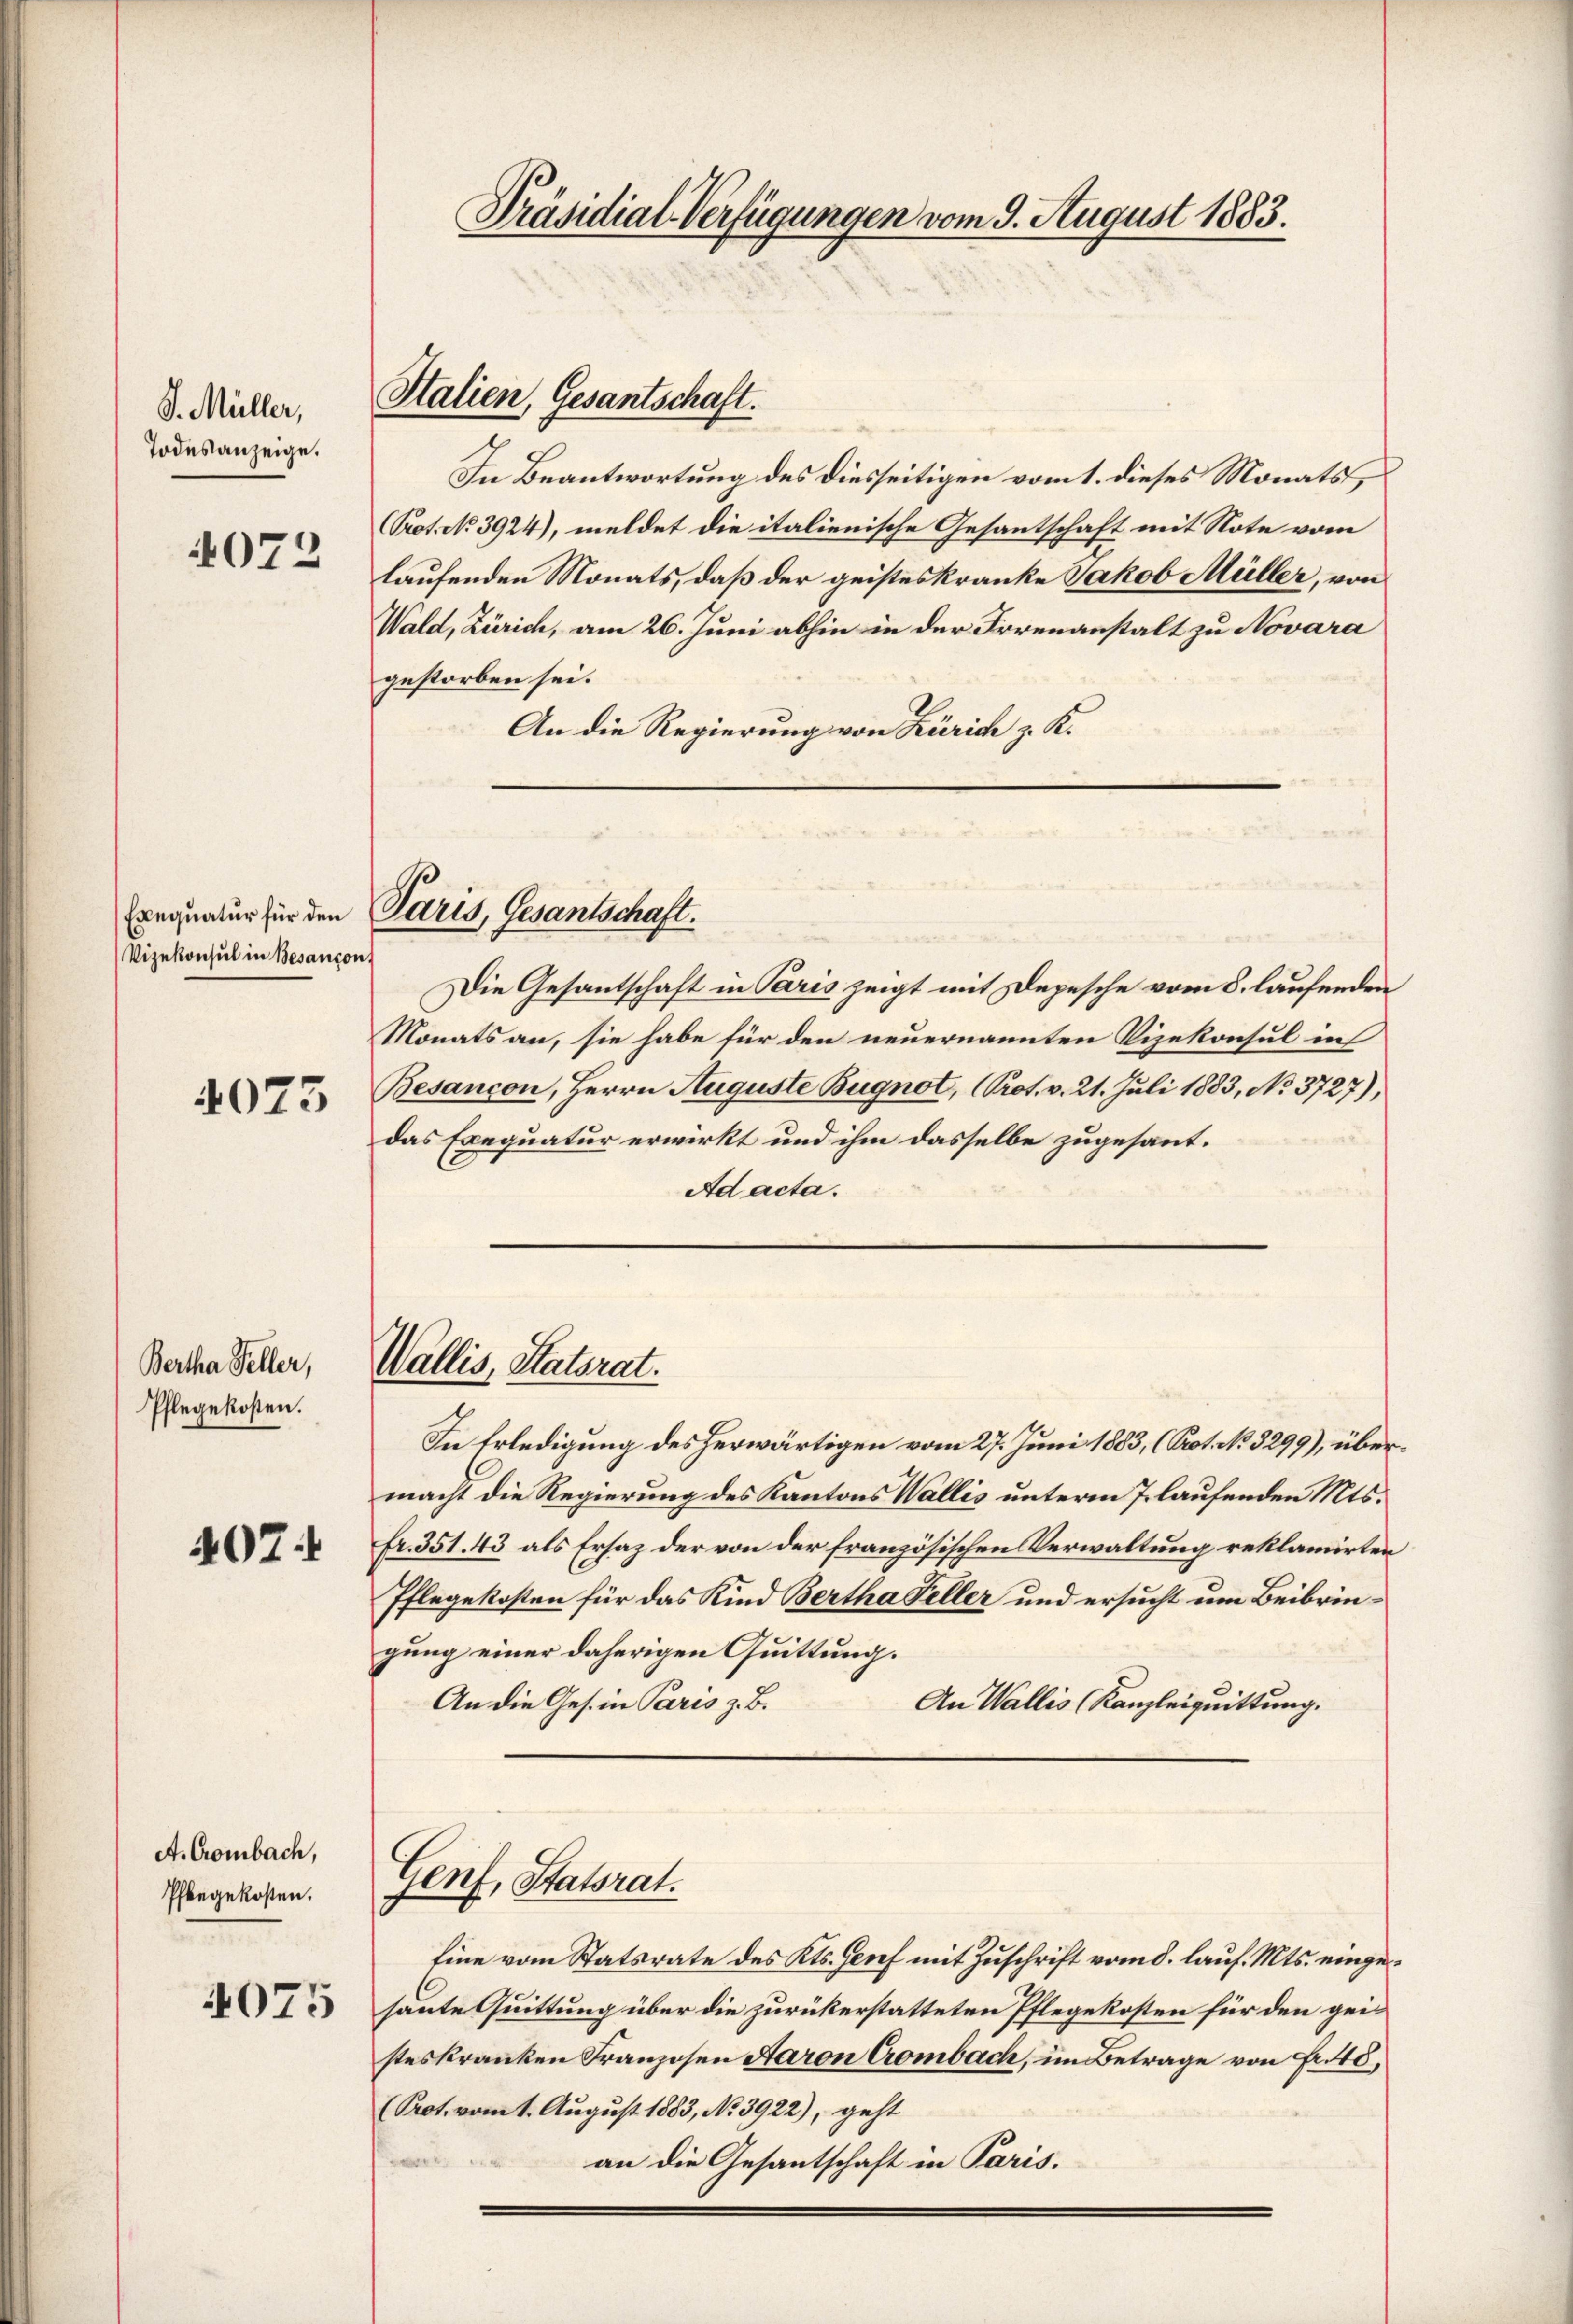
J. Müller,
Todesanzeige.

4072

Exequatur für den
Vizekonsul in Besançon,

4073

Bertha Feller,
Pflegekosten.

407.

A. Crombach,
Pflegekosten.
4075

In Beantwortung des diesseitigen vom 1. dieses Monats,
Prot. No 3924), meldet die italienische Gesantschaft mit Note vom
laufenden Monats, daß der geisteskranke Jakob Müller, von
Wald, Zürich, am 26. Juni abhin in der Irrenanstalt zu Novara
gestorben sei.
An die Regierung von Zürich z. K.

Präsidial-Verfügungen vom 9. August 1883.

Italien, Gesantschaft.

Paris, Gesantschaft.

Wallis, Statsrat.

Genf, Statsrat.

Die Gesantschaft in Paris zeigt mit Depesche vom 8. laufenden
Monats an, sie habe für den neuernannten Vizekonsul in
Besançon, Herrn Auguste Bugnot, (Prot. v. 21. Juli 1883, No 3727),
das Exequatur erwirkt und ihm dasselbe zugesant.
Ad acta.

Eine vom Statsrate des Kts. Genf mit Zuschrift vom 8. lauf. Mts. eingehaute Quittung über die zurückerstatteten Pflegekosten für den gei-
steskranken Franzosen Aaron Crombach, im Betrage von Fr. 40,
(Prot. vom 1. August 1883, No 3922), geht
an die Gesantschaft in Paris.

In Erledigung des herwärtigen vom 27. Juni 1883, (Prot. No 3299), übermacht die Regierung des Kantons Wallis unterm 7. laufenden Mts.
fr. 351. 43 als Ersaz der von der französischen Verwaltung reklamirten
Pflegekosten für das Kind Bertha Feller und ersucht um Beibringung einer daherigen Quittung.
An die Ges. in Paris z. B.
An Wallis (Kanzleiquittung.